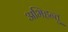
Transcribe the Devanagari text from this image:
अभिहन्तु